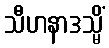
သီဟနာဒသ္မိံ